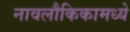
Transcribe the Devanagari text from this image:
नावलौकिकामध्ये